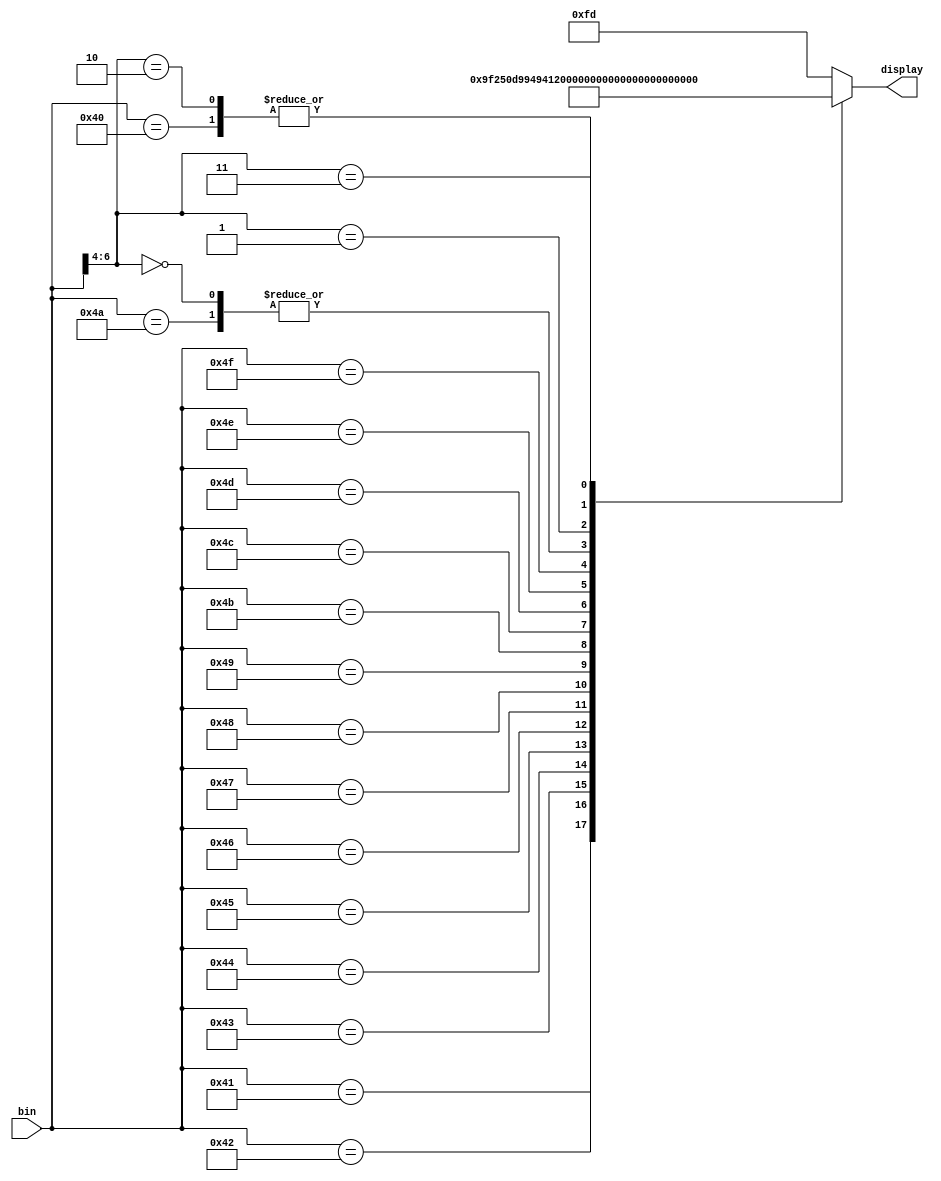
`timescale 1ns / 1ps
//////////////////////////////////////////////////////////////////////////////////
// Company: 
// Engineer: 
// 
// Design Name: 
// Module Name: 7seg
// Project Name: 
// Target Devices: 
// Tool Versions: 
// Description: 
// 
// Dependencies: 
// 
// Revision:
// Revision 0.01 - File Created
// Additional Comments:
// 
//////////////////////////////////////////////////////////////////////////////////


module seven_seg(input[6:0]bin, output reg [7:0] display);
    
    always@(*)
    casex(bin)
    7'b1000000: display = 8'b00000011;
    7'b1000001: display = 8'b10011111;
    7'b1000010: display = 8'b00100101;
    7'b1000011: display = 8'b00001101;
    7'b1000100: display = 8'b10011001;
    7'b1000101: display = 8'b01001001;
    7'b1000110: display = 8'b01000001;
    7'b1000111: display = 8'b00011111;
    7'b1001000: display = 8'b00000001;
    7'b1001001: display = 8'b00001001;
    7'b1001010: display = 8'b00010001;
    7'b1001011: display = 8'b11000001;
    7'b1001100: display = 8'b01100011;
    7'b1001101: display = 8'b10000101;
    7'b1001110: display = 8'b01100001;
    7'b1001111: display = 8'b01110001;
    7'b000xxxx: display = 8'b00010001;   //A
    7'b001xxxx: display = 8'b10000011;   //U
    7'b010xxxx: display = 8'b00000011;   //O
    7'b011xxxx: display = 8'b11100011;   //L
    default: display = 8'b11111101;
    endcase
    
endmodule